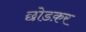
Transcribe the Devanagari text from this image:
छोडक़र